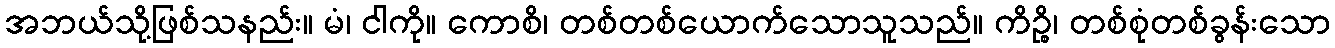
အဘယ်သို့ဖြစ်သနည်း။ မံ၊ ငါကို။ ကောစိ၊ တစ်တစ်ယောက်သောသူသည်။ ကိဉ္စိ၊ တစ်စုံတစ်ခွန်းသော